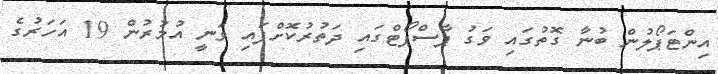
އިންޓަޕޯލުން ބުނާ ގޮތުގައި ވަގު ޕާސްޕޯޓްގައި ދަތުރުކޮށްފައި ވަނީ އުމުރުން 19 އަހަރުގެ